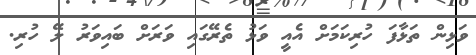
ވަޅިން ތަޅާފަ ހުރިކަމަށް އެއީ ވަޅު ތެރޭގައި ވަރަށް ބައިވަރު ލޭ ހުރި.